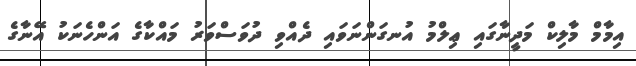
އިމާމް މާލިކް މަދީނާގައި ޢިލްމު އުނގަންނަވައި ދެއްވި ދުވަސްވަރު މައްކާގެ އަންހެނަކު އޭނާގެ